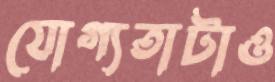
যোগ্যতাটাও